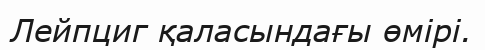
Лейпциг қаласындағы өмірі.